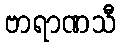
ဗာရာဏသီ